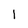
Character: 1